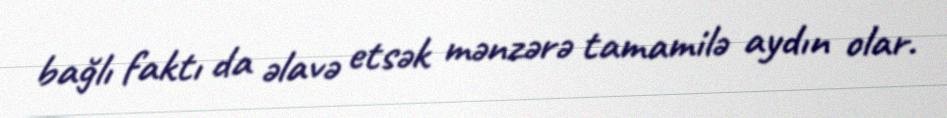
bağlı faktı da əlavə etsək mənzərə tamamilə aydın olar.